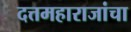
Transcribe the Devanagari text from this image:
दत्तमहाराजांचा